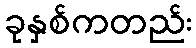
ခုနှစ်ကတည်း